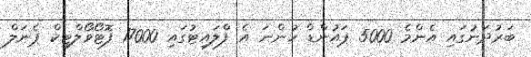
ބަރުދަނުގައި އެންމެ 5000 ޕައުންޑް ހުންނަ އެ ފްލައިޓުގައި 17000 ފޮޓޯވޯލްޓިކް ޕެނަލް